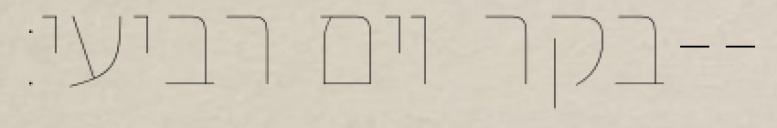
בקר יום רביעי׃--